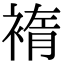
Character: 䙃